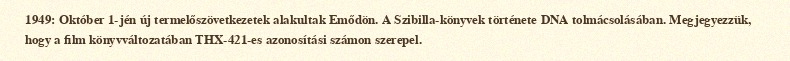
1949: Október 1-jén új termelőszövetkezetek alakultak Emődön. A Szibilla-könyvek története DNA tolmácsolásában. Megjegyezzük, hogy a film könyvváltozatában THX-421-es azonosítási számon szerepel.